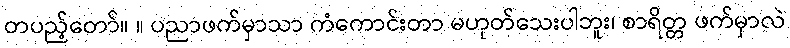
တပည့်တော်။ ။ ပညာဖက်မှာသာ ကံကောင်းတာ မဟုတ်သေးပါဘူး၊ စာရိတ္တ ဖက်မှာလဲ